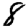
Digit: 8